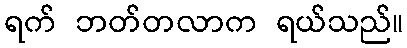
ရက် ဘတ်တလာက ရယ်သည်။